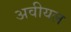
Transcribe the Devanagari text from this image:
अवीयल